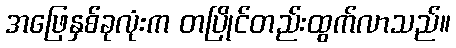
အဖြေနှစ်ခုလုံးက တပြိုင်တည်းထွက်လာသည်။